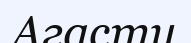
Агасти